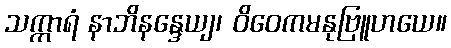
သက္ကာရံ နာဘိနန္ဒေယျ၊ ဝိဝေကမနုဗြူဟယေ။